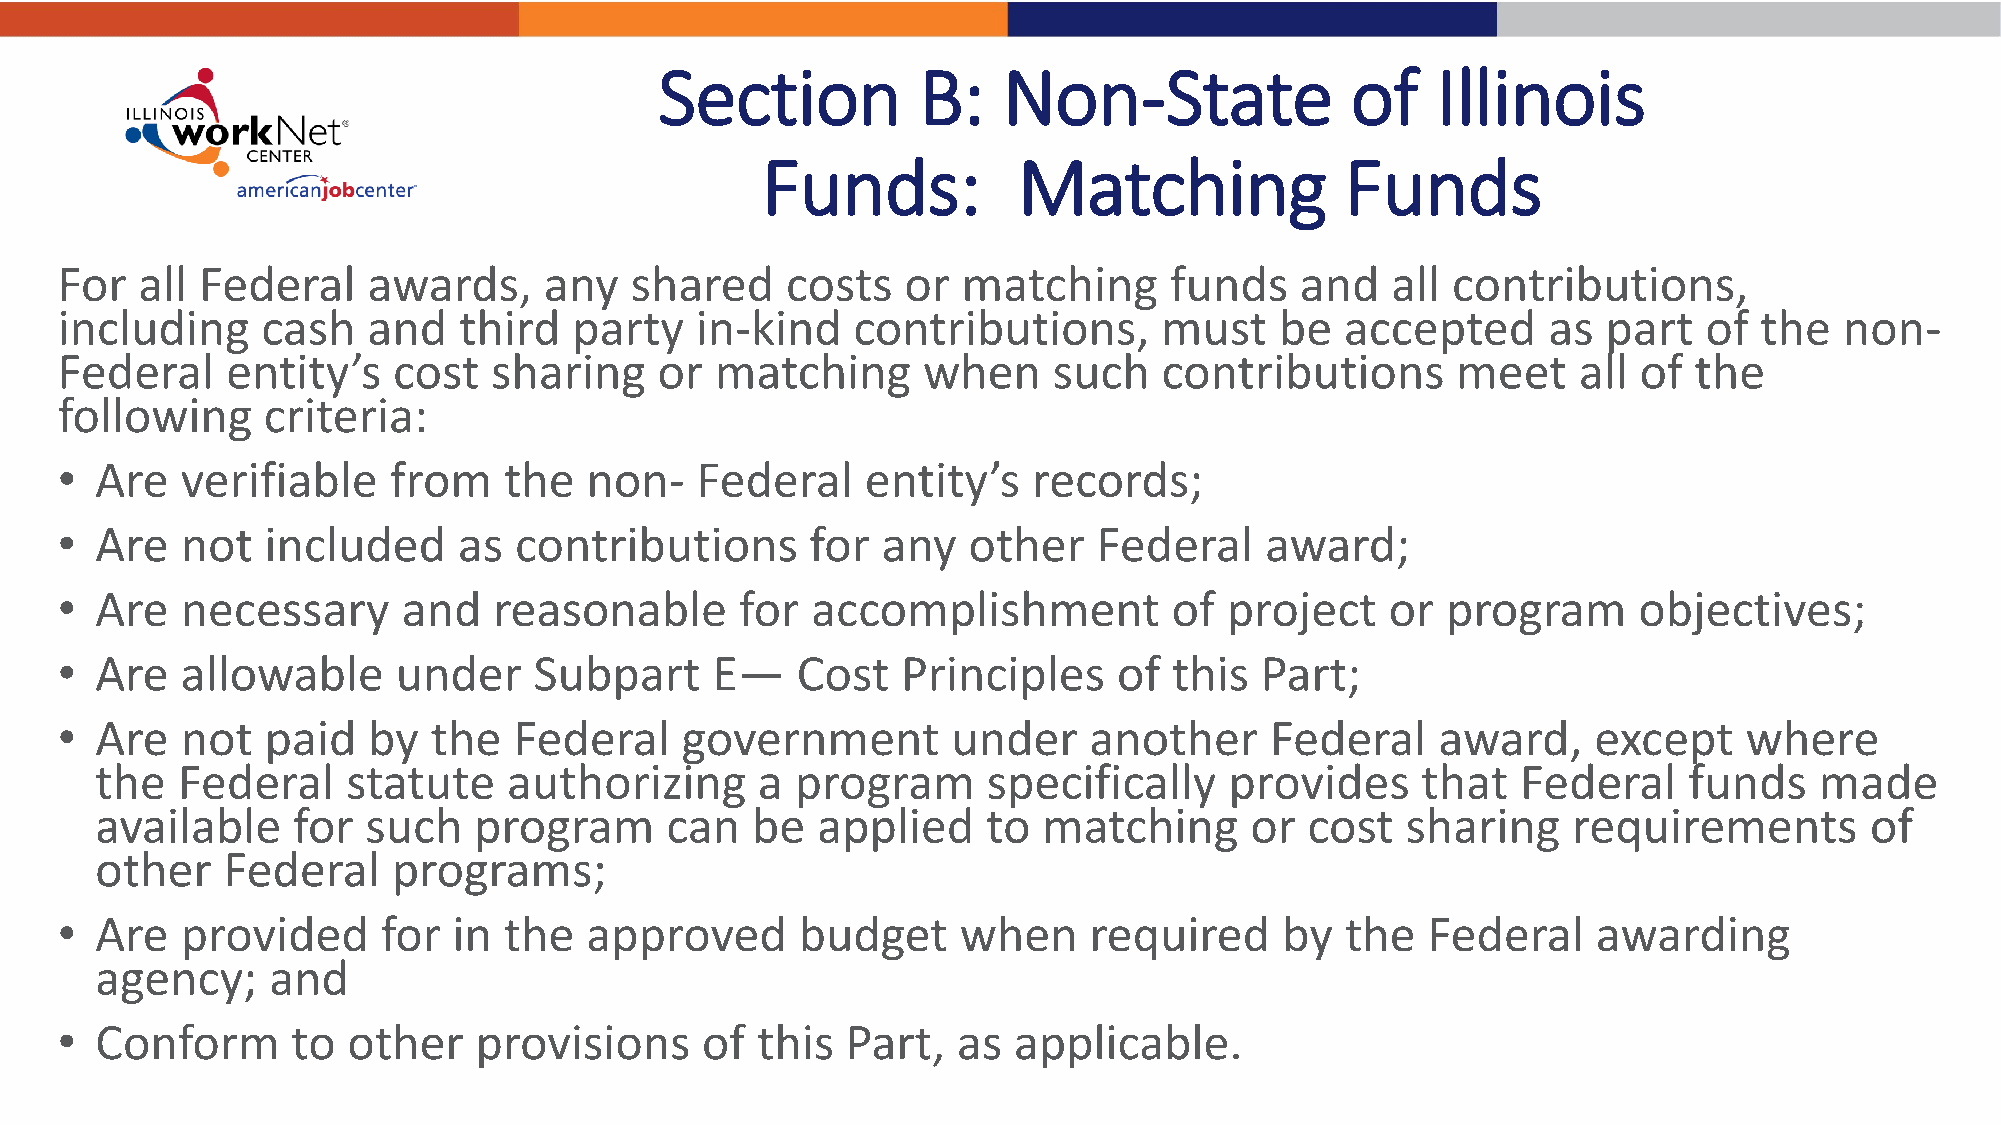
Section          B:   Non-State              of    Illinois
 Funds:           Matching              Funds
 For  all Federal    awards,     any   shared    costs   or  matching     funds    and   all contributions,
 including    cash   and   third   party   in-kind   contributions,       must    be  accepted     as  part   of the   non-
 Federal    entity’s   cost  sharing     or matching      when     such   contributions      meet    all of  the
 following    criteria:
 • Are   verifiable    from   the   non-   Federal    entity’s   records;
 • Are   not   included    as  contributions       for any   other    Federal    award;
 • Are   necessary      and   reasonable      for  accomplishment          of project    or  program     objectives;
 • Are   allowable     under    Subpart     E—    Cost   Principles    of  this Part;
 • Are   not   paid  by  the   Federal    government        under    another     Federal    award,     except    where
 the   Federal    statute    authorizing     a  program     specifically    provides     that   Federal    funds   made
 available    for  such   program      can   be  applied    to  matching      or  cost  sharing    requirements        of
 other    Federal    programs;
 • Are   provided     for  in the   approved      budget     when    required     by  the  Federal     awarding
 agency;     and
 • Conform      to  other   provisions     of  this  Part,  as  applicable.